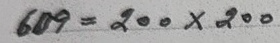
609 = 200 x 200